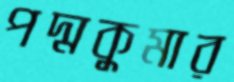
পদ্মকুমার